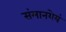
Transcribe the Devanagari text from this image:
संमानयेयं